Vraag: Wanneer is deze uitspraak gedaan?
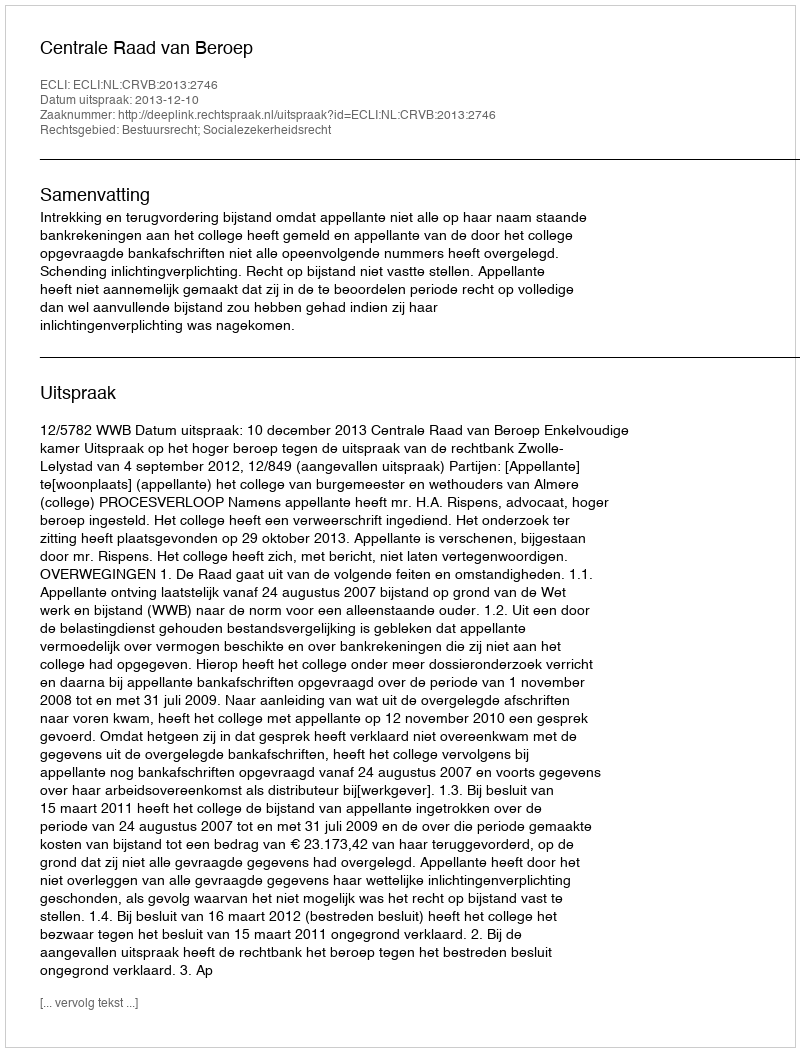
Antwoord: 2013-12-10